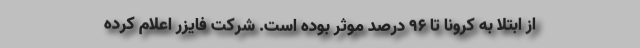
از ابتلا به کرونا تا ۹۶ درصد موثر بوده است. شرکت فایزر اعلام کرده